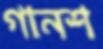
গানশ